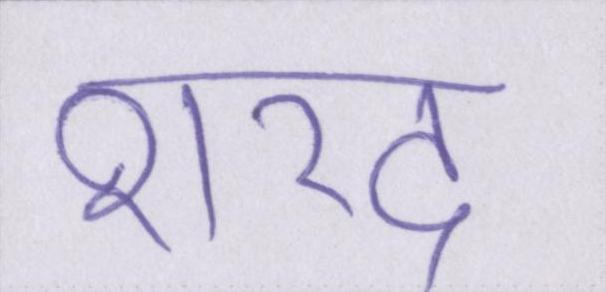
शरद